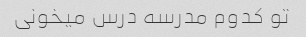
تو کدوم مدرسه درس میخونی